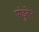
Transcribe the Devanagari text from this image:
पांडुलेन